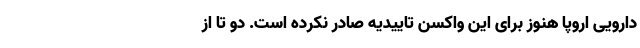
دارویی اروپا هنوز برای این واکسن تاییدیه صادر نکرده است. دو تا از